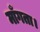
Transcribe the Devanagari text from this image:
माँगता।